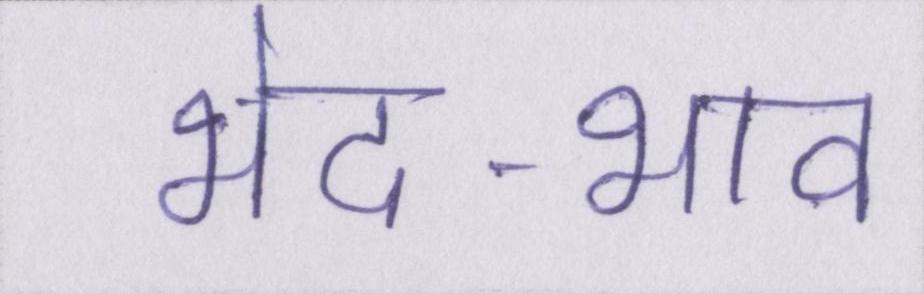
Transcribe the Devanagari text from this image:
भेद-भाव